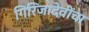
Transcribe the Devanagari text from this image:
गिरिजादेवींचा